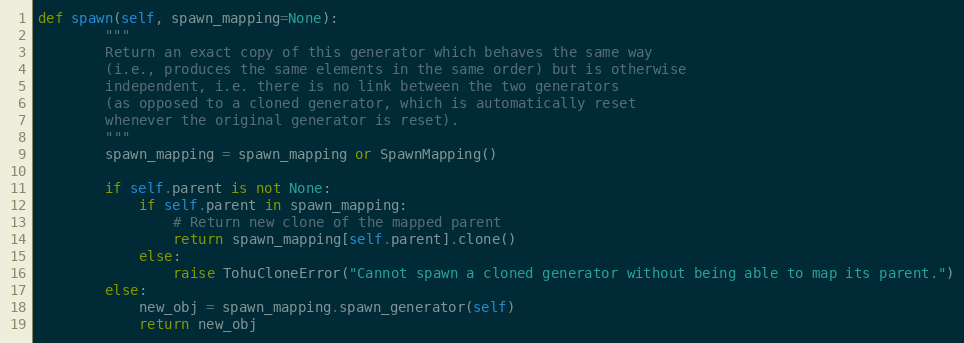
Language: Python
def spawn(self, spawn_mapping=None):
        """
        Return an exact copy of this generator which behaves the same way
        (i.e., produces the same elements in the same order) but is otherwise
        independent, i.e. there is no link between the two generators
        (as opposed to a cloned generator, which is automatically reset
        whenever the original generator is reset).
        """
        spawn_mapping = spawn_mapping or SpawnMapping()

        if self.parent is not None:
            if self.parent in spawn_mapping:
                # Return new clone of the mapped parent
                return spawn_mapping[self.parent].clone()
            else:
                raise TohuCloneError("Cannot spawn a cloned generator without being able to map its parent.")
        else:
            new_obj = spawn_mapping.spawn_generator(self)
            return new_obj